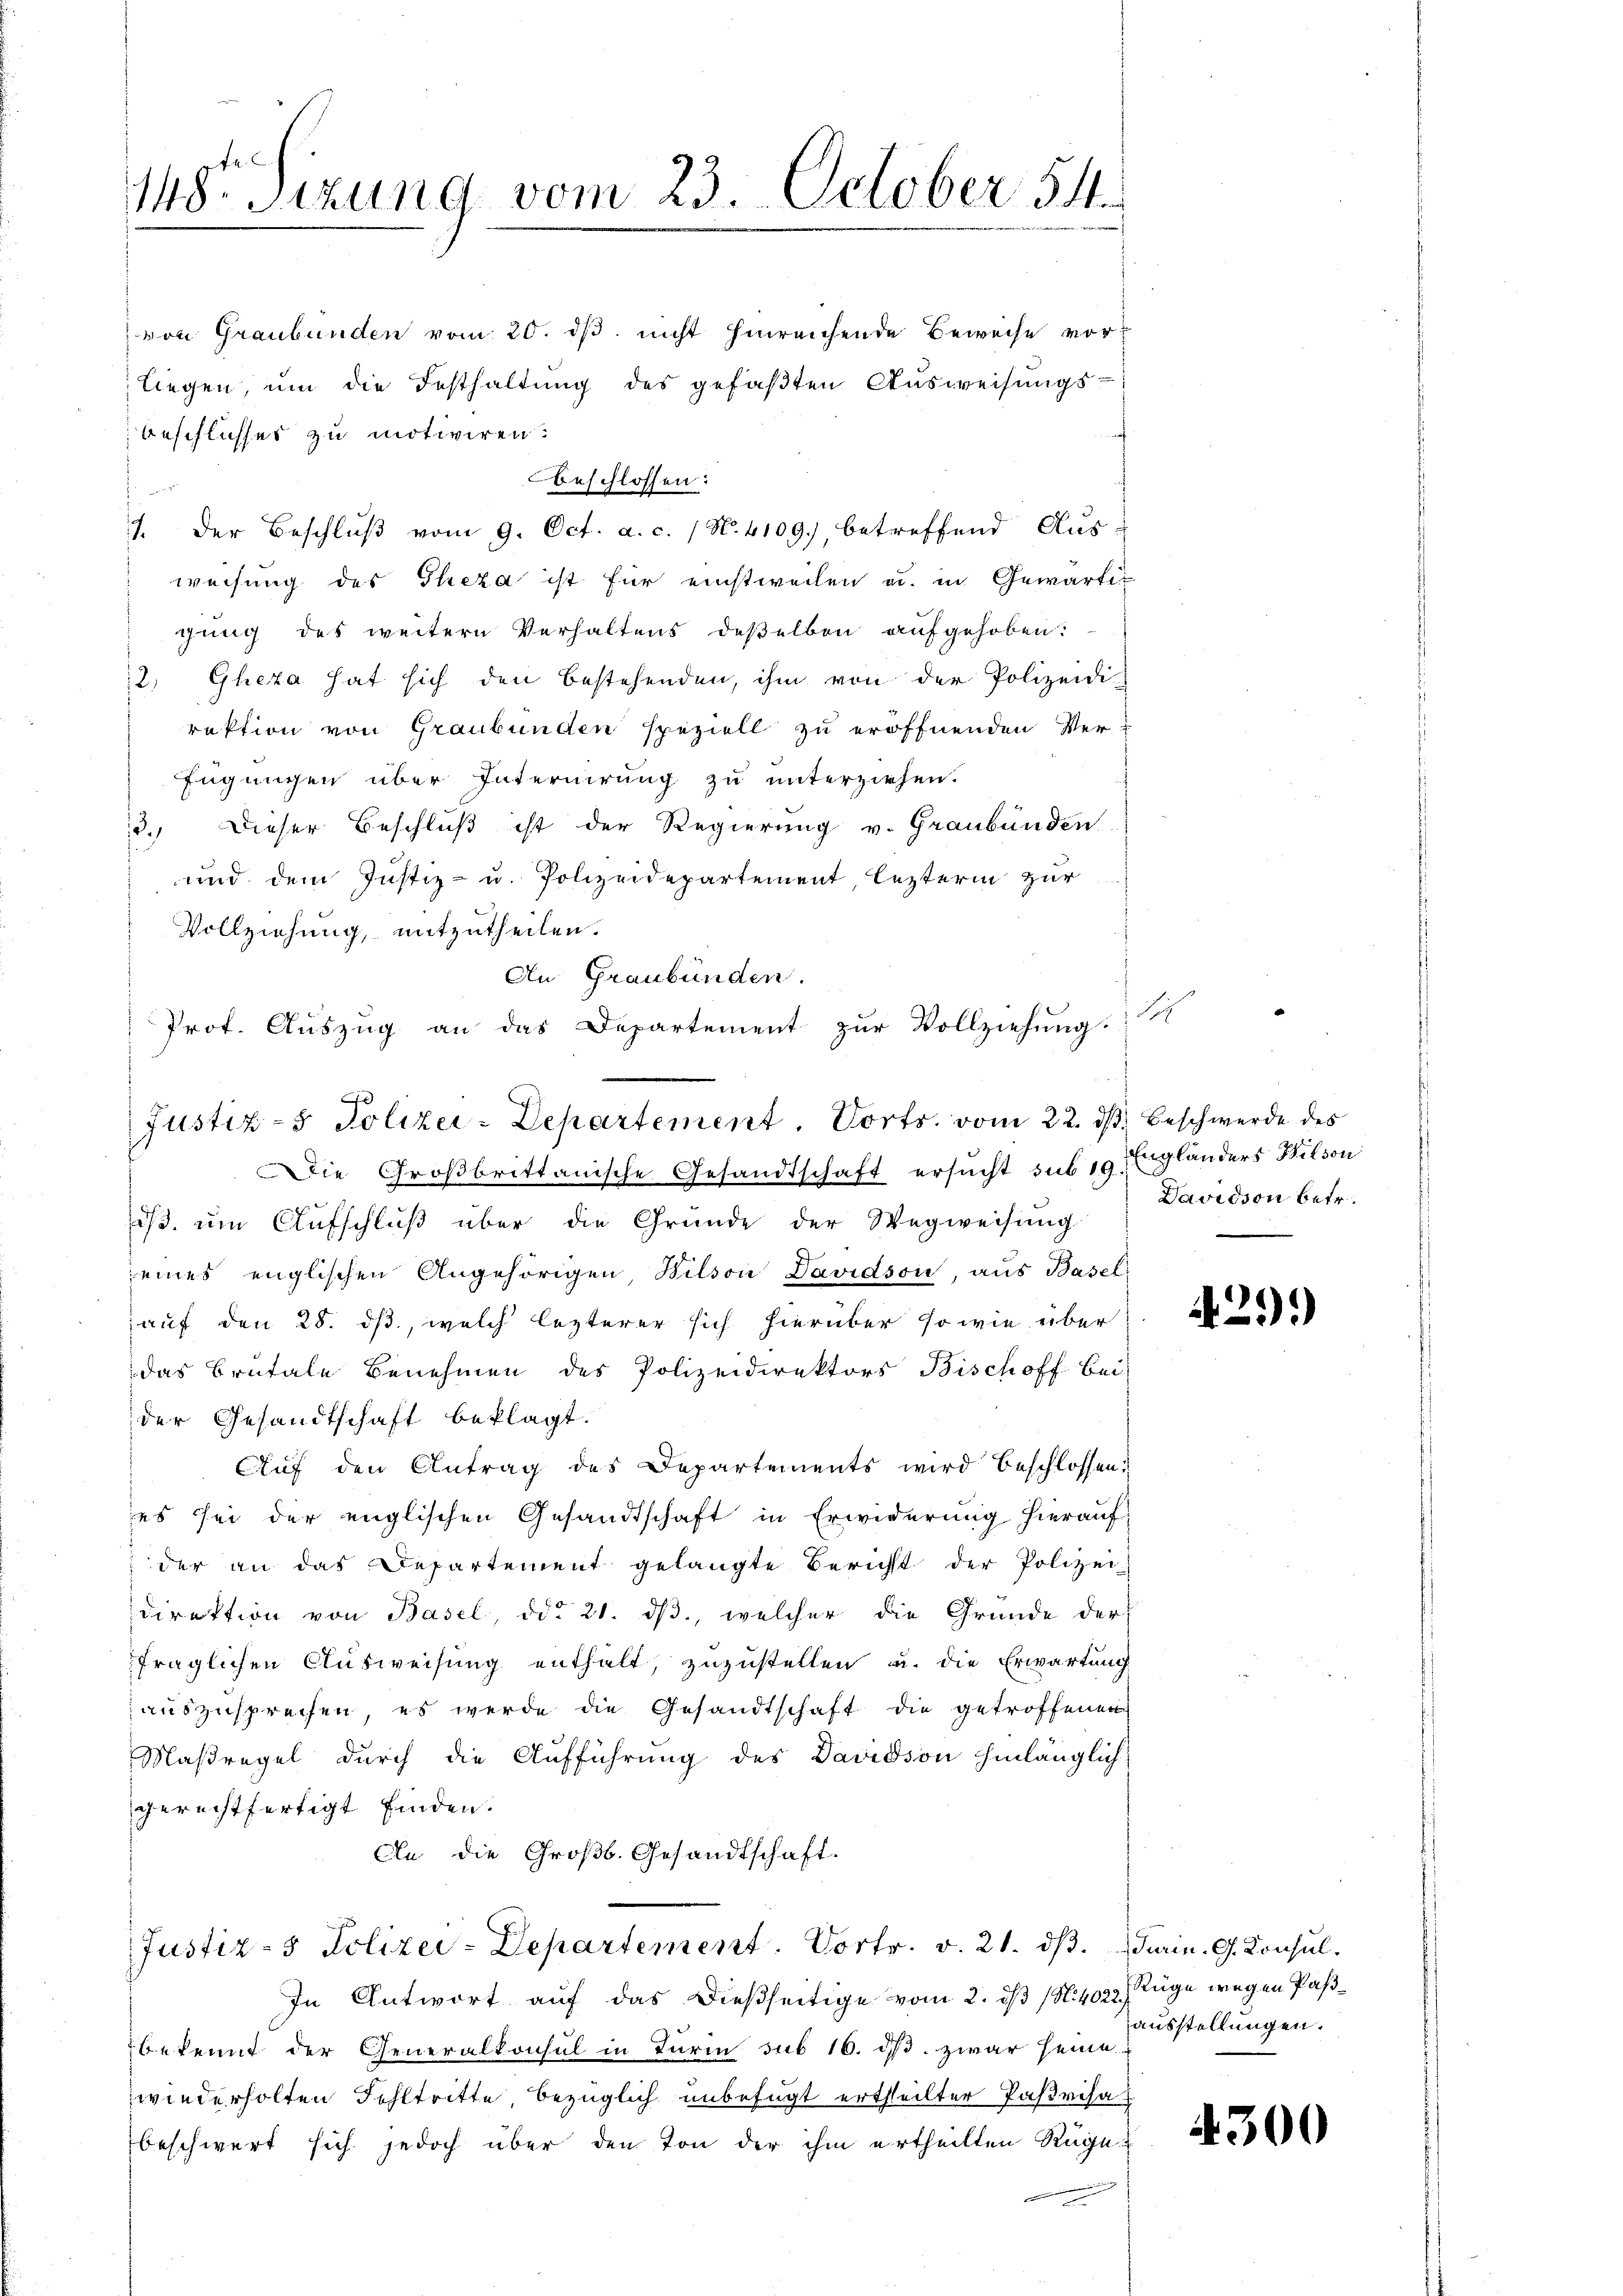
148. Sizung vom 23. October 54.

von Graubünden vom 20. ds nicht hinreichende Beweise vorliegen, um die Festhaltung des gefaβten Aŭsweisungs-
beschlisses zu motiviren.
weisung des Theza ist für einstweilen u. in Gewärtigung des weitere Verhaltens deßelben aufgehoben:
2. Gheza hat sich den bestehenden, ihm von der Polizeidi-
rektion von Graubünden speziell zu eröffnenden Ver-
Eugungen über Internirung zu unterziehen.
12. Dieser Beschluß ist der Regierung v. Graubünden
und dem Justiz- u. Polizeidepartement, lezterm zur
Vollziehung, mitzutheilen.
An Graubünden.
Prof. Auszug an das Departement zur Vollziehung.

Justiz- & Polizei-Departement. Vorts, vom 22. d. Beschwerde des

Die Großbrittanische Gesandtschaft ersucht sub 10 Engländers Wilson
dβ. ŭm Aŭfschlŭβ über die Gründe der Wegweisŭng
seines englischen Angehörigen Bilson Davidson, aŭs Basel
auf den 28. ds., welch lezterer sich hierüber so wie über
das Brutale Benehmen des Polizeidirektors Bischoff bei
der Gesandtschaft beklagt.
Aŭf den Antrag des Departements wird beschlossen:
es sei der englischen Gesandtschaft in Erwiderung hierauf
der an das Departement gelangte Bericht der Polizei-
direktion von Basel, ddo 21. dβ, welcher die Gründe der
fraglichen Ausweisung enthalt, zuzustellen u. die Erwartung
auszusprechen, es werde die Gesandtschaft die getroffenen
Maßregel durch die Aufführung des Davidson hinlänglich
gerechtfertigt finden.
An die Großb. Gesandtschaft.
Justiz- & Polizei-Departement. Vortr. v. 21. dβ. Turin. G. Konsul.
In Antwort auf das dießseitige vom 2. dß (N. 402 Rüge wegen Paßbekennt der Generalkonsul in Turin sub 16. ds. zwar seine
wiederholten Fehltritte bezüglich unbefugt ertheilter Parisa
beschwert sich jedoch über den Ton der ihm ertheilten Rüge

beschlossen:
J. der Beschlŭβ vom 9. Oct. a. c. (N. 4109), betreffend Aus¬

s

Davidson betr.

429)

ausstellungen.

4300